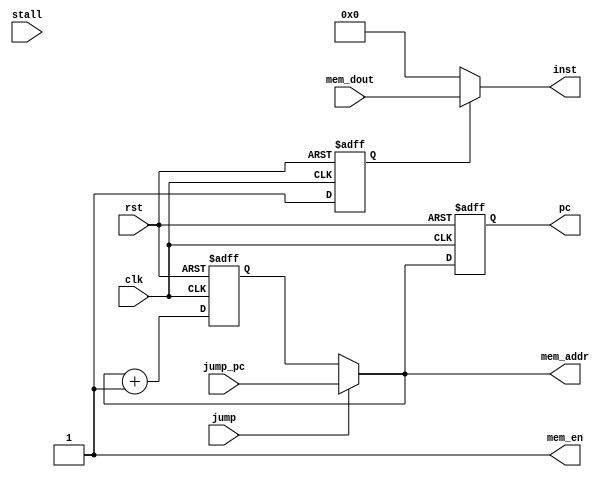
/*
  sbmips
  Copyright (C) 2017  StarBrilliant <m13253@hotmail.com>

  This program is free software: you can redistribute it and/or modify
  it under the terms of the GNU General Public License as published by
  the Free Software Foundation, either version 3 of the License, or
  (at your option) any later version.

  This program is distributed in the hope that it will be useful,
  but WITHOUT ANY WARRANTY; without even the implied warranty of
  MERCHANTABILITY or FITNESS FOR A PARTICULAR PURPOSE.  See the
  GNU General Public License for more details.

  You should have received a copy of the GNU General Public License
  along with this program.  If not, see <http://www.gnu.org/licenses/>.
*/

`timescale 1ns / 1ps
`default_nettype none

module inst_fetch(
    input wire clk,
    input wire rst,

    output wire [31:2] mem_addr,
    input wire [31:0] mem_dout,
    output wire mem_en,

    input wire stall,
    input wire jump,
    input wire [31:2] jump_pc,

    output wire [31:0] inst,
    output reg [31:2] pc
    );

reg ready = 0;
reg [31:2] next_pc = 0;

assign mem_addr = jump ? jump_pc : next_pc;
assign mem_en = 1;
assign inst = ready ? mem_dout : 0;

initial begin
    pc = 0;
end

always @(posedge clk, posedge rst)
    if(rst) begin
        pc = 0;
        next_pc = 0;
        ready = 0;
    end else begin
        pc = mem_addr;
        next_pc = pc + 1;
        ready = 1;
    end

endmodule